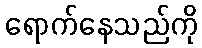
ရောက်နေသည်ကို